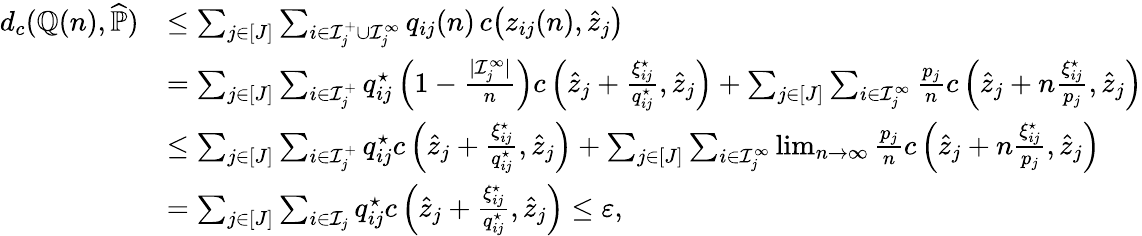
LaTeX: \begin{array}{rl}{d_{c}(\mathbb Q(n),\widehat{\mathbb P})}&{\leq\sum_{j\in[J]}\sum_{i\in\mathcal I_{j}^{+}\cup\mathcal I_{j}^{\infty}}q_{ij}(n)\, c\big(z_{ij}(n),\widehat z_{j}\big)}\\ &{=\sum_{j\in[J]}\sum_{i\in\mathcal I_{j}^{+}}q_{ij}^{\star}\left(1-\frac{|\mathcal I_{j}^{\infty}|}{n}\right)c\left(\widehat z_{j}+\frac{\xi_{ij}^{\star}}{q_{ij}^{\star}},\widehat z_{j}\right)+\sum_{j\in[J]}\sum_{i\in\mathcal I_{j}^{\infty}}\frac{p_{j}}{n}c\left(\widehat z_{j}+n\frac{\xi_{ij}^{\star}}{p_{j}},\widehat z_{j}\right)}\\ &{\leq\sum_{j\in[J]}\sum_{i\in\mathcal I_{j}^{+}}q_{ij}^{\star}c\left(\widehat z_{j}+\frac{\xi_{ij}^{\star}}{q_{ij}^{\star}},\widehat z_{j}\right)+\sum_{j\in[J]}\sum_{i\in\mathcal I_{j}^{\infty}}\operatorname*{lim}_{n\to\infty}\frac{p_{j}}{n}c\left(\widehat z_{j}+n\frac{\xi_{ij}^{\star}}{p_{j}},\widehat z_{j}\right)}\\ &{=\sum_{j\in[J]}\sum_{i\in\mathcal I_{j}}q_{ij}^{\star}c\left(\widehat z_{j}+\frac{\xi_{ij}^{\star}}{q_{ij}^{\star}},\widehat z_{j}\right)\leq\varepsilon,}\end{array}